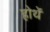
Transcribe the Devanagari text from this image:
होथें